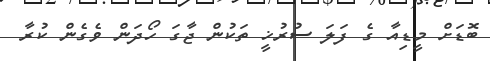
ބޮޑަށް މީޑިއާ ގެ ފަލަ ސުރުޚީ ތަކުން ޖާގަ ހޯދަން ވެގެން ކުރާ